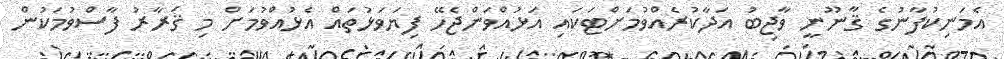
އެމަނިކުފާނުގެ ޤާނޫނީ ވާޖިބު އަދާކުރެއްވުމަށްޓަކައި އަޅުއްވަންޖެހޭ ފިޔަވަޅުތައް އެޅުއްވުމަށް މި ޤަރާރު ފާސްވުމަކުން